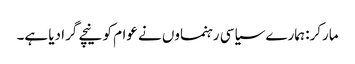
مارکر: ہمارے سیاسی رہنماوں نے عوام کو نیچے گرا دیا ہے۔